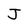
Character: J